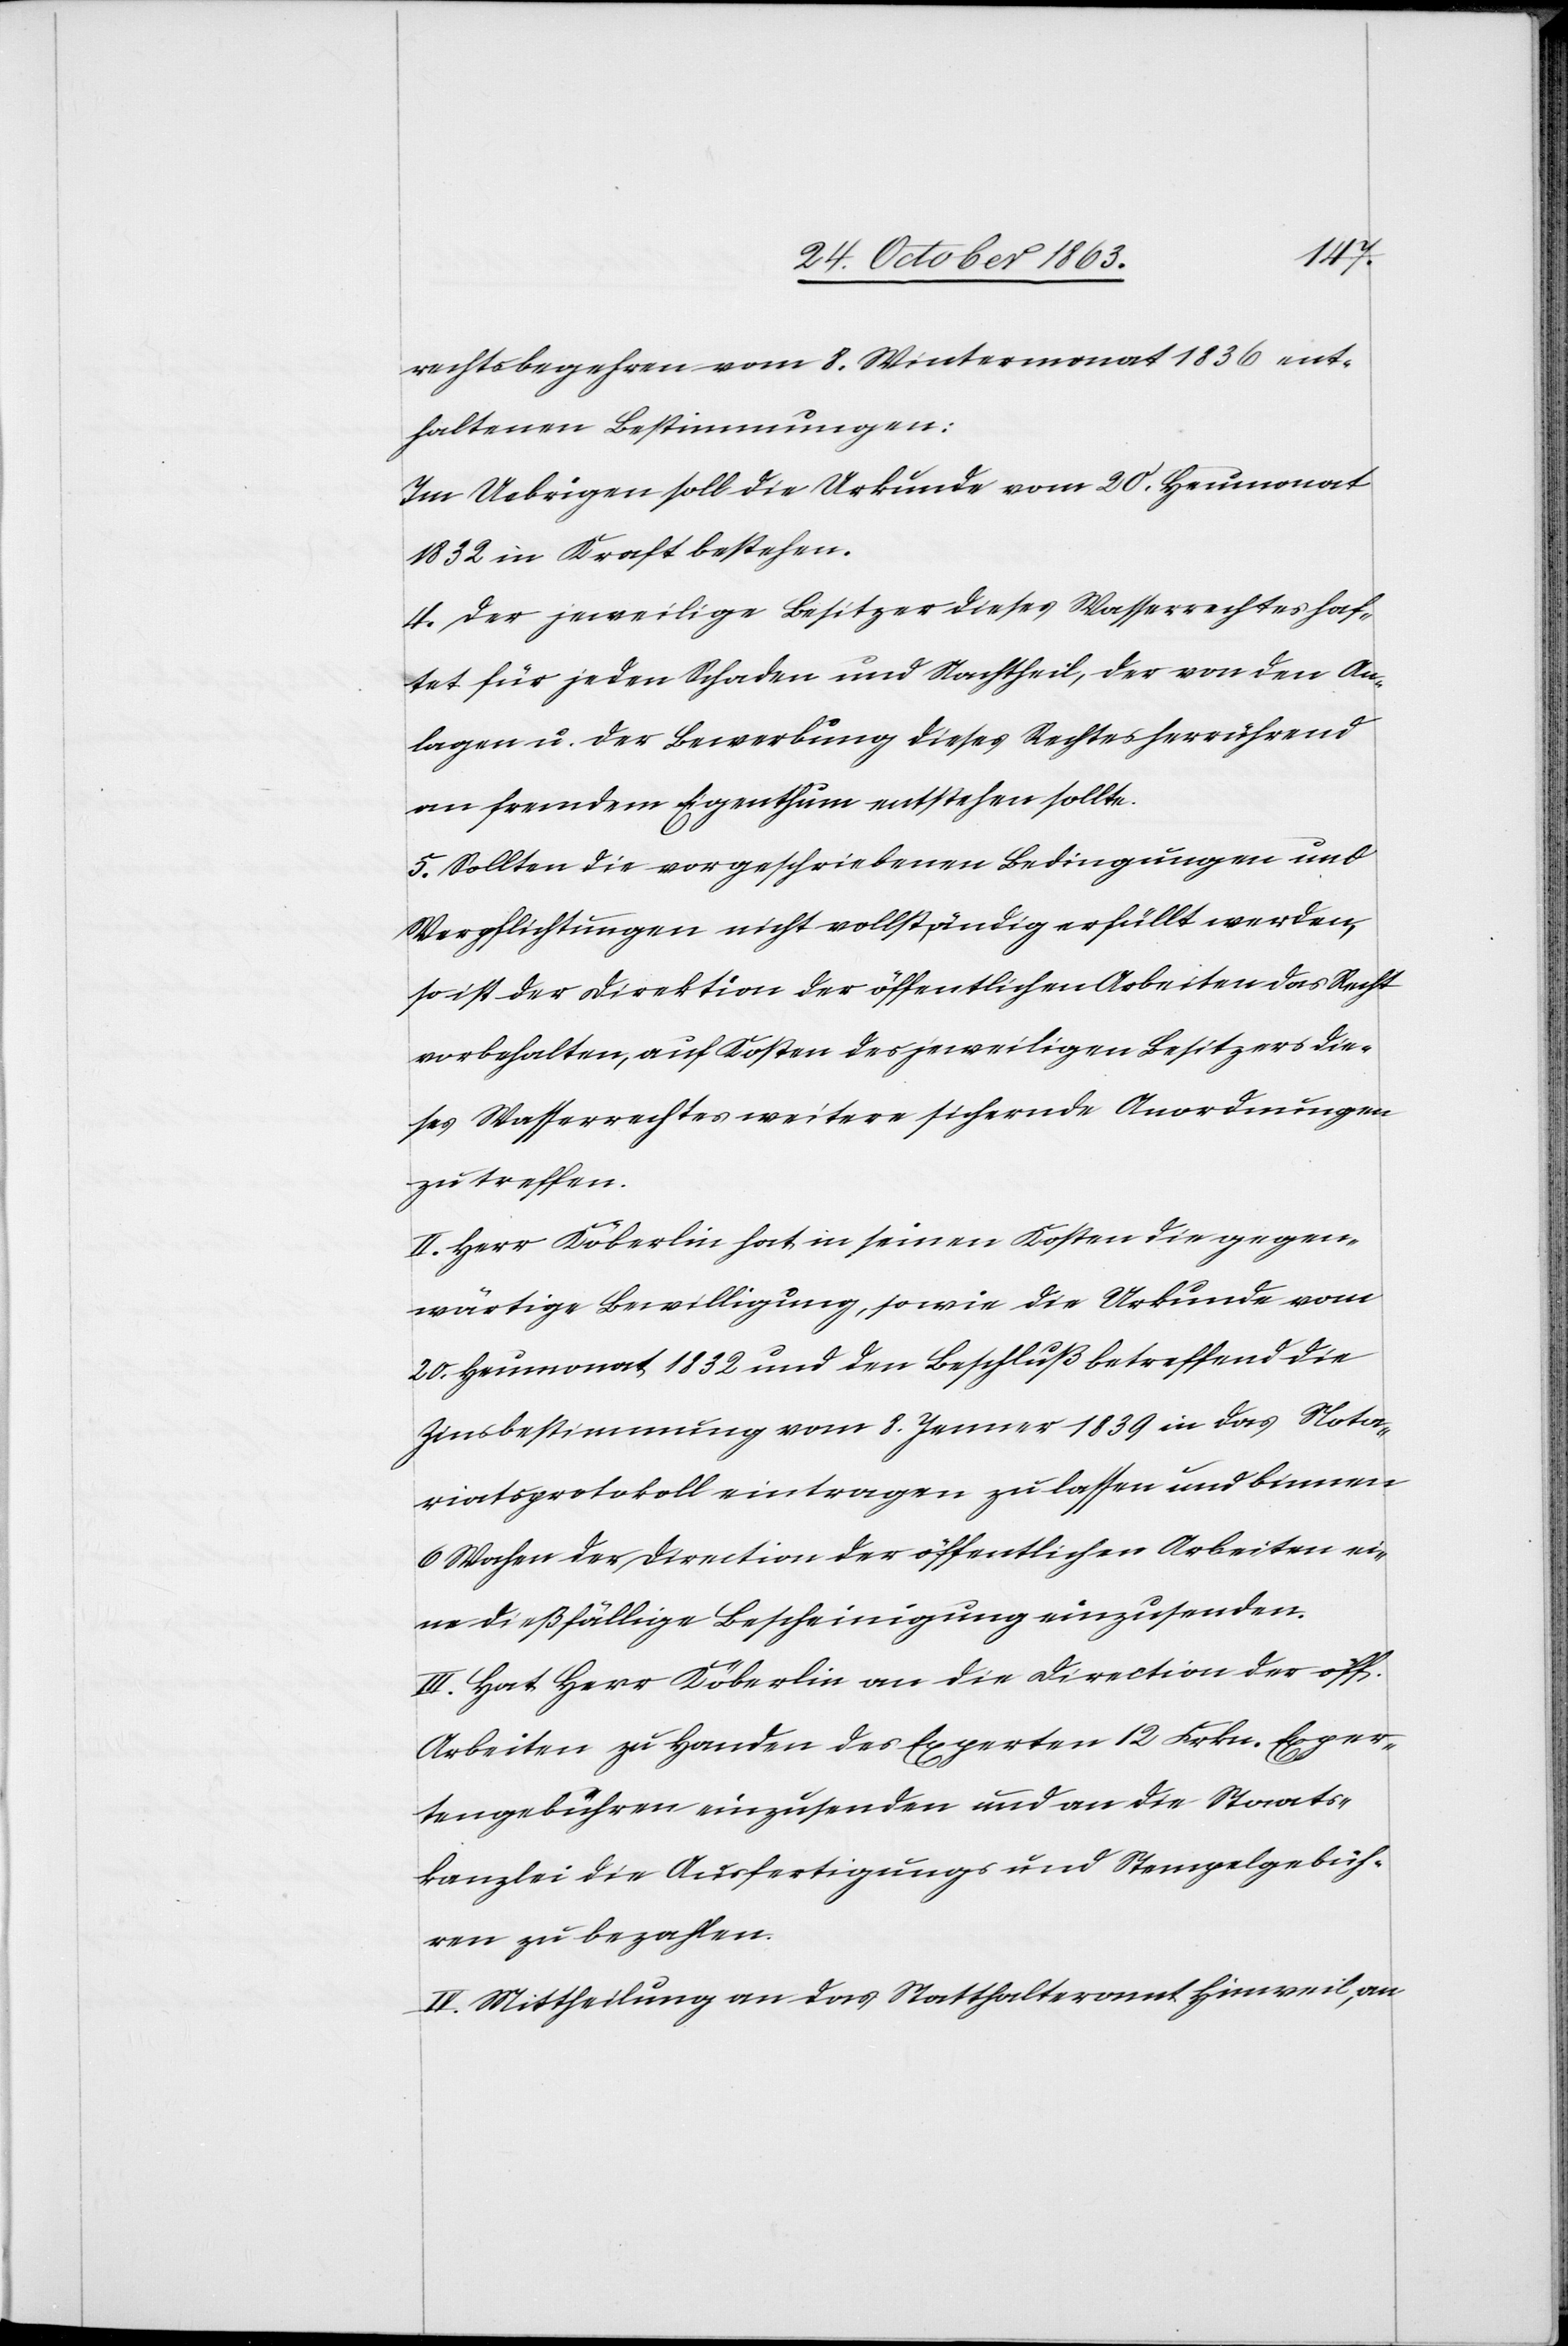
rechtsbegehren vom 8. Wintermonat 1836 ent¬
haltenen Bestimmungen:
Im Uebrigen soll die Urkunde vom 20. Heumonat
1832 in Kraft bestehen.
4. Der jeweilige Besitzer dieses Wasserrechtes haf¬
tet für jeden Schaden und Nachtheil, der von den An¬
lagen u. der Bewerbung dieses Rechtes herrührend
an fremdem Eigenthum entstehen sollte.
5. Sollten die vorgeschriebenen Bedingungen und
Verpflichtungen nicht vollständig erfüllt werden,
so ist der Direktion der öffentlichen Arbeiten das Recht
vorbehalten, auf Kosten des jeweiligen Besitzers die¬
ses Wasserrechtes weitere sichernde Anordnungen
zu treffen.
II. Herr Köberlin hat in seinen Kosten die gegen¬
wärtige Bewilligung, sowie die Urkunde vom
20. Heumonat 1832 und den Beschluß betreffend die
Zinsbestimmung vom 8. Jenner 1839 in das Nota¬
riatsprotokoll eintragen zu lassen und binnen
6 Wochen der Direction der öffentlichen Arbeiten ei¬
ne dießfällige Bescheinigung einzusenden.
III. Hat Herr Köberlin an die Direction der öff.
Arbeiten zu Handen des Experten 12 Frkn. Exper¬
tengebühren einzusenden und an die Staats¬
kanzlei die Ausfertigungs[-] und Stempelgebüh¬
ren zu bezahlen.
IV. Mittheilung an das Statthalteramt Hinweil, an